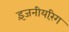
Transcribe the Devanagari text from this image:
इंजनीयरिंग